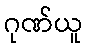
ဂုဏ်ယူ